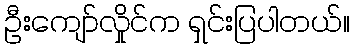
ဦးကျော်လှိုင်က ရှင်းပြပါတယ်။